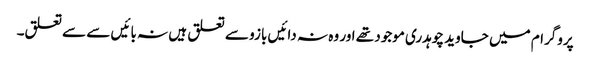
پروگرام میں جاوید چوہدری موجود تھے اور وہ نہ دائیں بازو سے تعلق ہیں نہ بائیں سے سے تعلق۔